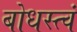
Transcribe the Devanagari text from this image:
बोधस्त्वं